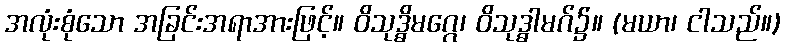
အလုံးစုံသော အခြင်းအရာအားဖြင့်။ ဝိသုဒ္ဓိမဂ္ဂေ၊ ဝိသုဒ္ဓါမဂ်၌။ (မယာ၊ ငါသည်။)